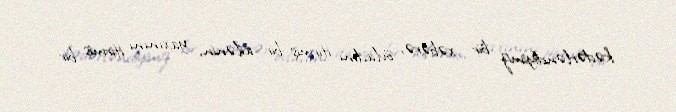
kədərləndiyimiz bir xəbərə, övladını itirmiş bir ailənin, yaxınını itirmiş bir